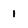
Character: 1